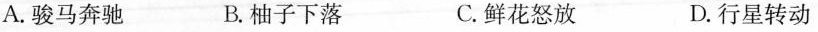
A.骏马奔驰 B.柚子下落 C.鲜花怒放 D.行星转动